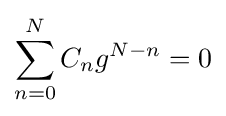
\sum _{n=0}^{N}C_{n}g^{N-n}=0